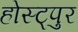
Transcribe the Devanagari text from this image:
होस्ट्पुर